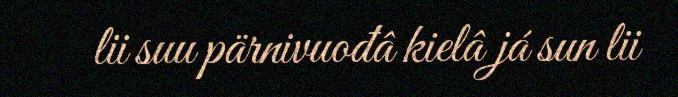
lii suu pärnivuođâ kielâ já sun lii